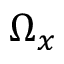
\Omega _ { x }